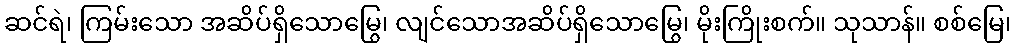
ဆင်ရဲ၊ ကြမ်းသော အဆိပ်ရှိသောမြွေ၊ လျင်သောအဆိပ်ရှိသောမြွေ၊ မိုးကြိုးစက်။ သုသာန်။ စစ်မြေ၊